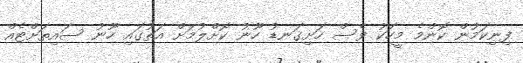
ފިނިކަމުން ކޮންމެ މީހަކު ވެސް ހަށިގަނޑު ހޫނު ކޮށްލުމަށް އަތުގައި ހޫނު ސައިތަށްޓެއް